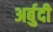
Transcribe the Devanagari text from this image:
अर्बुदी